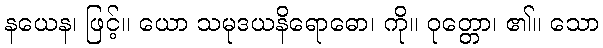
နယေန၊ ဖြင့်။ ယော သမုဒယနိရောဓော၊ ကို။ ဝုတ္တော၊ ၏။ သော